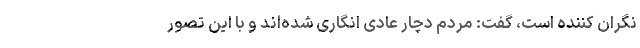
نگران کننده است، گفت: مردم دچار عادی انگاری شده‌اند و با این تصور